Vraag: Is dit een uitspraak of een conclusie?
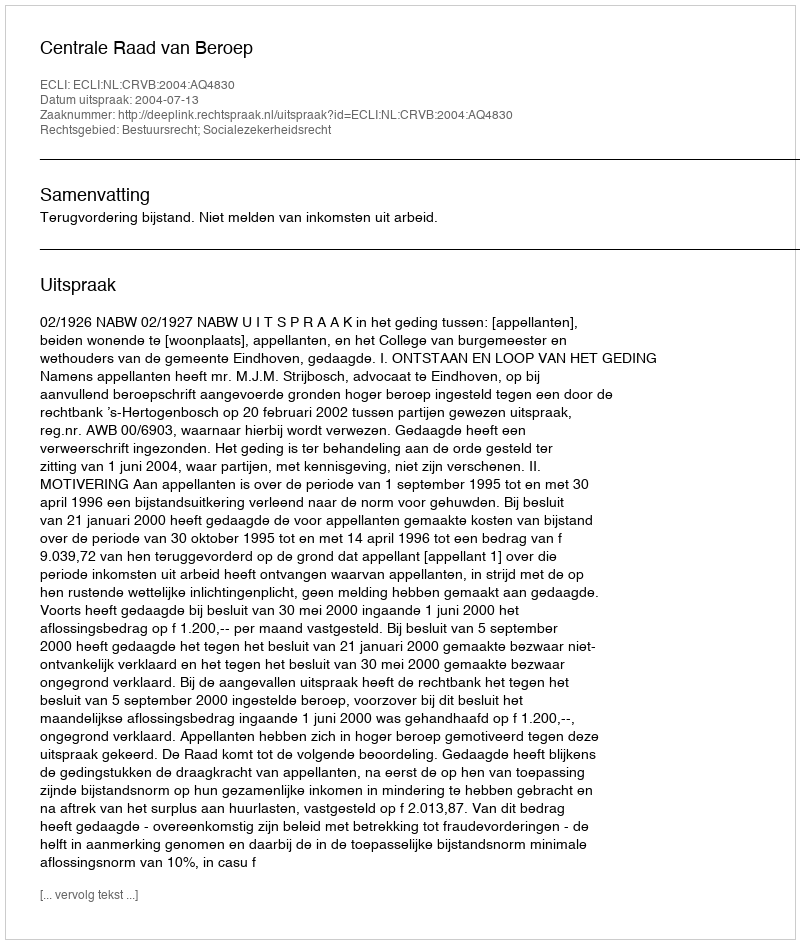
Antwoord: Uitspraak